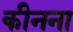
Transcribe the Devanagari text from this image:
कीनना